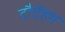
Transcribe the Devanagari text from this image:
टौटेंहम